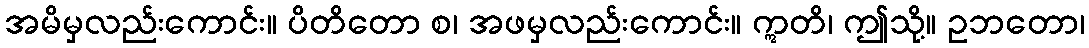
အမိမှလည်းကောင်း။ ပိတိတော စ၊ အဖမှလည်းကောင်း။ ဣတိ၊ ဤသို့။ ဥဘတော၊